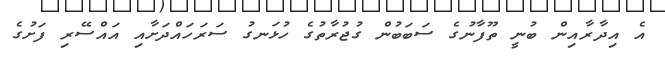
އެ އިދާރާއިން ބުނީ ތޫފާނުގެ ސަބަބުން ގުޖުރާތުގެ ހުޅަނގު ސަރަހައްދަށާއި އައްސޭރި ފަށުގެ